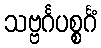
သဗ္ဗင်္ဂပစ္စင်္ဂံ